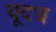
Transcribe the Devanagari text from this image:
यूदध